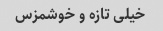
خیلی تازه و خوشمزس